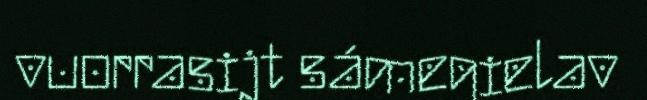
vuorrasijt sámegielav